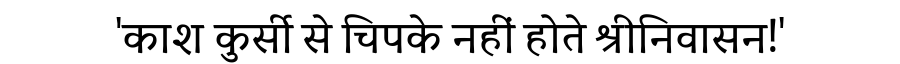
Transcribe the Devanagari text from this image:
'काश कुर्सी से चिपके नहीं होते श्रीनिवासन!'